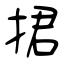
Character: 捃